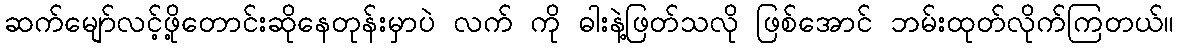
ဆက်မျော်လင့်ဖို့တောင်းဆိုနေတုန်းမှာပဲ လက် ကို ဓါးနဲ့ဖြတ်သလို ဖြစ်အောင် ဘမ်းထုတ်လိုက်ကြတယ်။